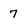
Character: 7